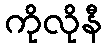
ကိုလိုနီ